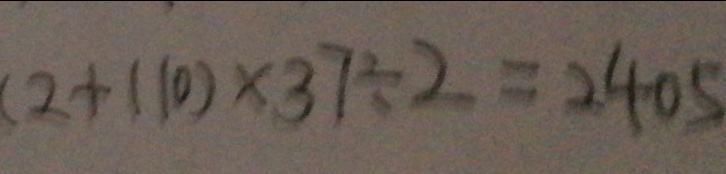
( 2 + 1 1 0 ) \times 3 7 \div 2 = 2 4 0 5